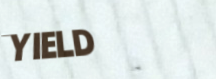
YIELD